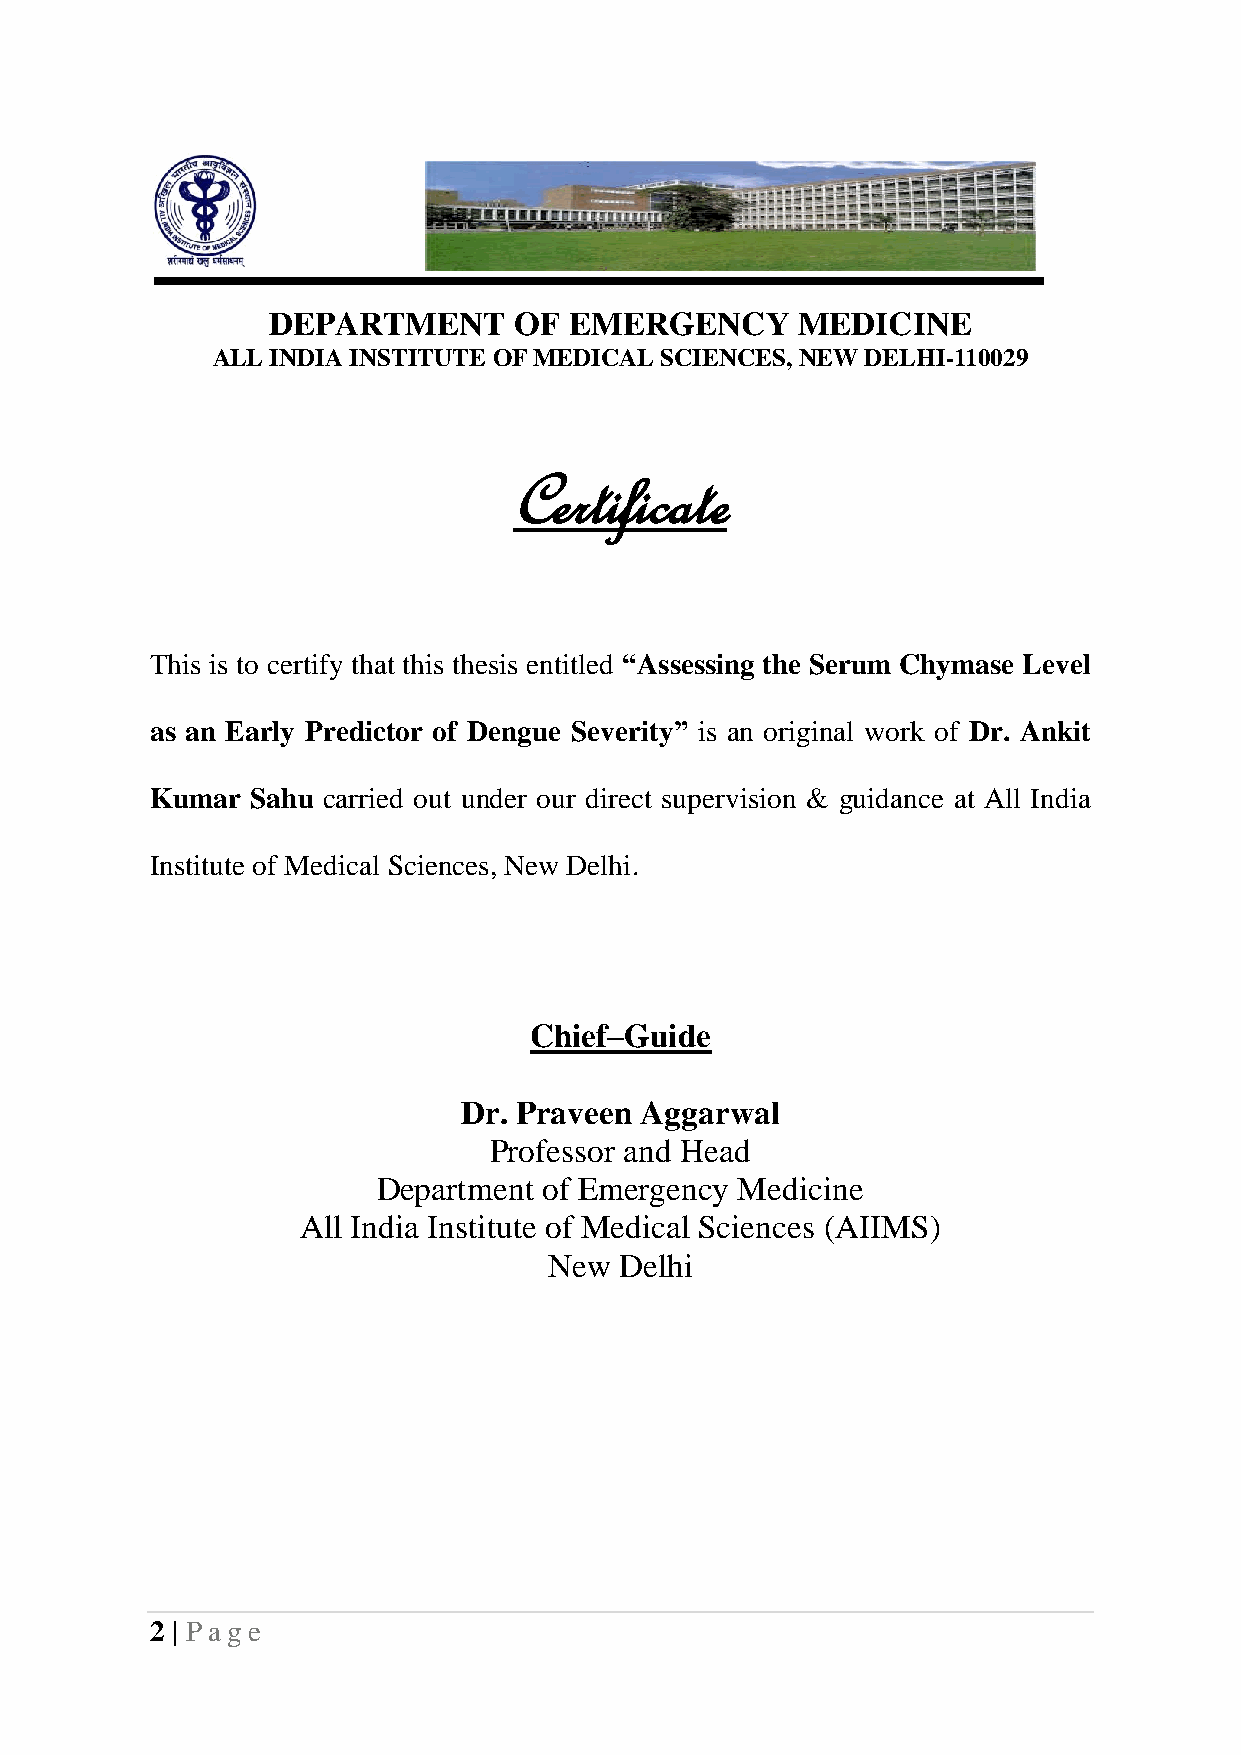
DEPARTMENT      OF  EMERGENCY      MEDICINE
 ALL INDIA INSTITUTE OF MEDICAL SCIENCES, NEW DELHI-110029
 Certificate
 This is to certify that this thesis entitled “Assessing the Serum Chymase Level
 as an Early Predictor of Dengue Severity” is an original work of Dr. Ankit
 Kumar  Sahu carried out under our direct supervision & guidance at All India
 Institute of Medical Sciences, New Delhi.
 Chief–Guide
 Dr. Praveen Aggarwal
 Professor and Head
 Department of Emergency Medicine
 All India Institute of Medical Sciences (AIIMS)
 New  Delhi
 2 | Pag e